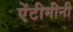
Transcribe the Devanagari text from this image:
ऐंटीमीनी